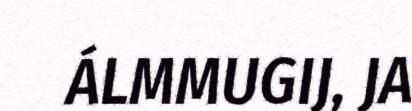
ÁLMMUGIJ, JA